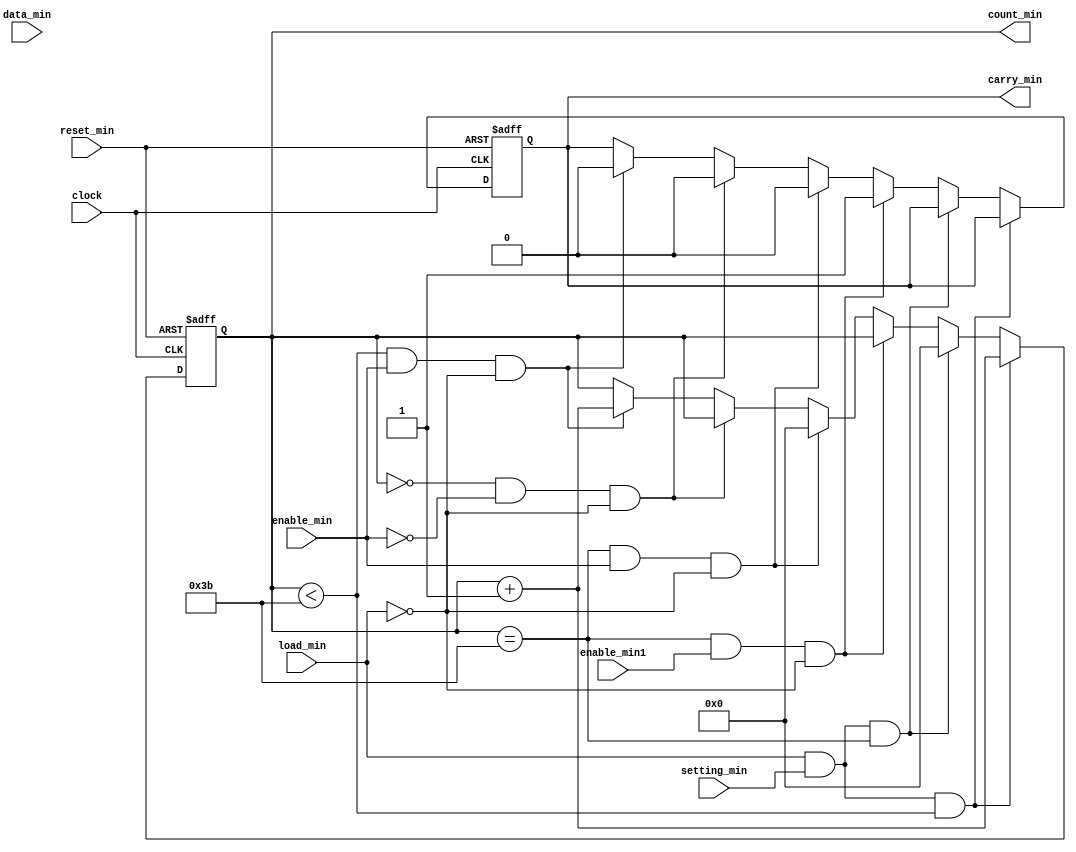
`timescale 1ns / 1ps
//////////////////////////////////////////////////////////////////////////////////
// Company: 
// Engineer: 
// 
// Design Name: 
// Module Name: counter_min
// Project Name: 
// Target Devices: 
// Tool Versions: 
// Description: 
// 
// Dependencies: 
// 
// Revision:
// Revision 0.01 - File Created
// Additional Comments:
// 
//////////////////////////////////////////////////////////////////////////////////


module counter_min(
    input clock,                   // clock from FPGA (50MHz) through Frequency Divider : ( 50MHz ) / ( 2^24) = 2.98 Hz
    input reset_min, 
    input enable_min,              // input source: carry_sec , for min+1
    input enable_min1,             // input source: carry_sec1 , for hour +1
    input load_min,                // load data mode
    input setting_min,             // press FPGA buttom to trigger loading min data
    input [5:0] data_min,          // min data  6'd0 ~ 6'b59
    output reg [5:0]count_min,     // output min 6'd0 ~ 6'b59
	output reg carry_min           // control signal for module counter_hour: enable hour +1  
);

    always @ (posedge clock or posedge reset_min)
        begin
            if (reset_min)begin
                count_min<=6'b000000;
				carry_min<=1'b0;                                                // disable counter_hour +1
			end
			
		    else if (load_min && setting_min && count_min<6'd59) begin          // press buttom : load +1 = min +1
			    count_min<=count_min+1;	
			end
			    
            else if (load_min && setting_min && count_min==6'd59) begin         // press buttom: load min +1 = 59 -> 00
			    count_min<=6'b000000;
			end 

			else if (count_min==6'd59 && enable_min1 && load_min==0 ) begin	    // condition : min=59(count_min==6'd59) , sec=59( && enable_min1) ; 00:59:59 -> 01:00:00
			    carry_min<=1'b1;                                                // enable counter_hour +1
			end				
				
            else if (count_min==6'd59 && enable_min && load_min==0) begin	
				count_min<=6'b000000;                                            // 00:59:59 -> 01:00:00
				carry_min<=1'b0;                                                 // disable counter_min +1
			end				
			
			else if (count_min==0 && enable_min==0 && load_min==0) begin
			    carry_min<=1'b0;                                                  // disable counter_min +1
			end		
			
			else if (count_min<6'd59 && enable_min && load_min==0) begin
		        count_min<=count_min+1;	                                          // counter_min +1
                carry_min<=1'b0;					                              // disable counter_min +1
			end			     				 
        end		
endmodule